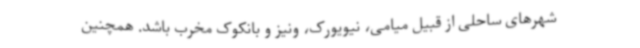
شهرهای ساحلی از قبیل میامی، نیویورک، ونیز و بانکوک مخرب باشد. همچنین